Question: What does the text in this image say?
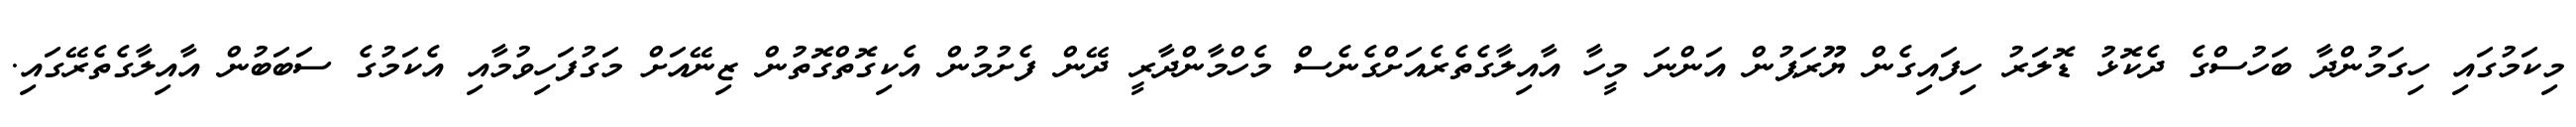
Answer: މިކަމުގައި ހިގަމުންދާ ބަހުސްގެ ދެކޮޅު ޑޮލަރު ހިފައިގެން ޔޫރަޕުން އަންނަ މީހާ އާއިލާގެތެރެއަށްގެނެސް މެހްމާންދާރީ ދޭން ފެށުމުން އެކިގޮތްގޮތުން ޒިނޭއަށް މަގުފަހިވުމާއި އެކަމުގެ ސަބަބުން އާއިލާގެތެރޭގައި.